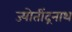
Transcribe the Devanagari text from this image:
ज्योतींद्रनाथ